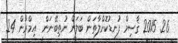
26